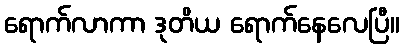
ရောက်လာကာ ဒုတိယ ရောက်နေလေပြီ။